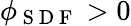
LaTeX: \phi_{\mathrm{~S~D~F~}}>0